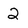
Character: 2